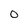
Character: O